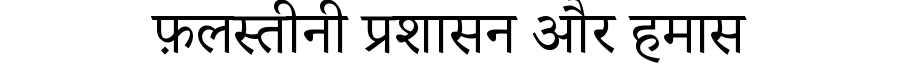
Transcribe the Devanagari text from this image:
फ़लस्तीनी प्रशासन और हमास